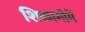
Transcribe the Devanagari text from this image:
शिकागोमें